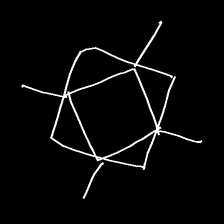
Glyph: light